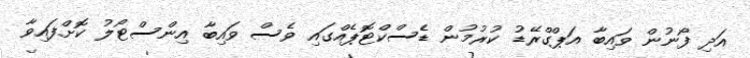
އަދި ފޯނުން ވައިބާ އަޕްގްރޭޑު ކުރުމުން ޑެސްކްޓޮޕެއްގައި ވެސް ވައިބާ އިންސްޓޯލު ކޮށްފައިވާ